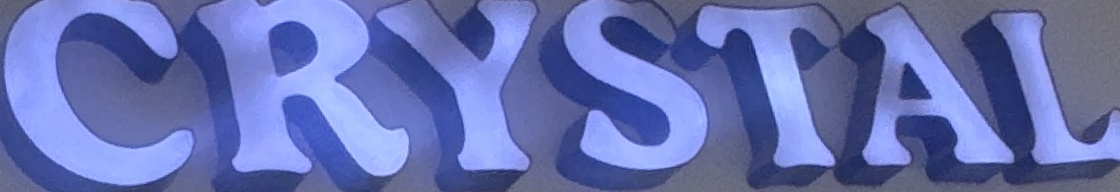
CRYSTAL